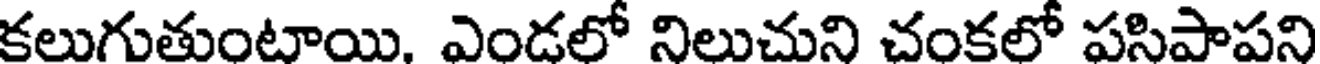
కలుగుతుంటాయి. ఎండలో నిలుచుని చంకలో పసిపాపని